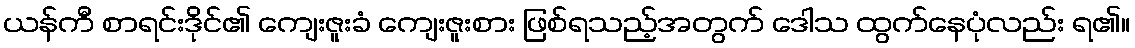
ယန်ကီ စာရင်းဒိုင်၏ ကျေးဇူးခံ ကျေးဇူးစား ဖြစ်ရသည့်အတွက် ဒေါသ ထွက်နေပုံလည်း ရ၏။